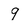
Character: 9